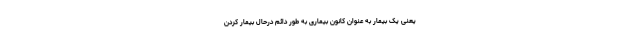
یعنی یک بیمار به عنوان کانون بیماری به طور دائم درحال بیمار کردن